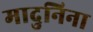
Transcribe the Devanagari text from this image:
मादुनिना